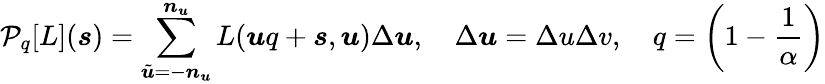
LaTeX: {\mathcal{P}}_{q}[L]({\boldsymbol{s}})=\sum_{{\tilde{\boldsymbol{u}}}=-{\boldsymbol{n}}_{\boldsymbol{u}}}^{{\boldsymbol{n}}_{\boldsymbol{u}}}L({\boldsymbol{u}}q+{\boldsymbol{s}},{\boldsymbol{u}})\Delta{\boldsymbol{u}},\quad\Delta{\boldsymbol{u}}=\Delta u\Delta v,\quad q=\left(1-{\frac{1}{\alpha}}\right)